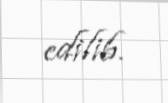
edilib.